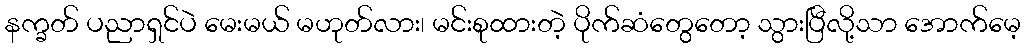
နက္ခတ် ပညာရှင်ပဲ မေးမယ် မဟုတ်လား၊ မင်းစုထားတဲ့ ပိုက်ဆံတွေတော့ သွားပြီလို့သာ အောက်မေ့